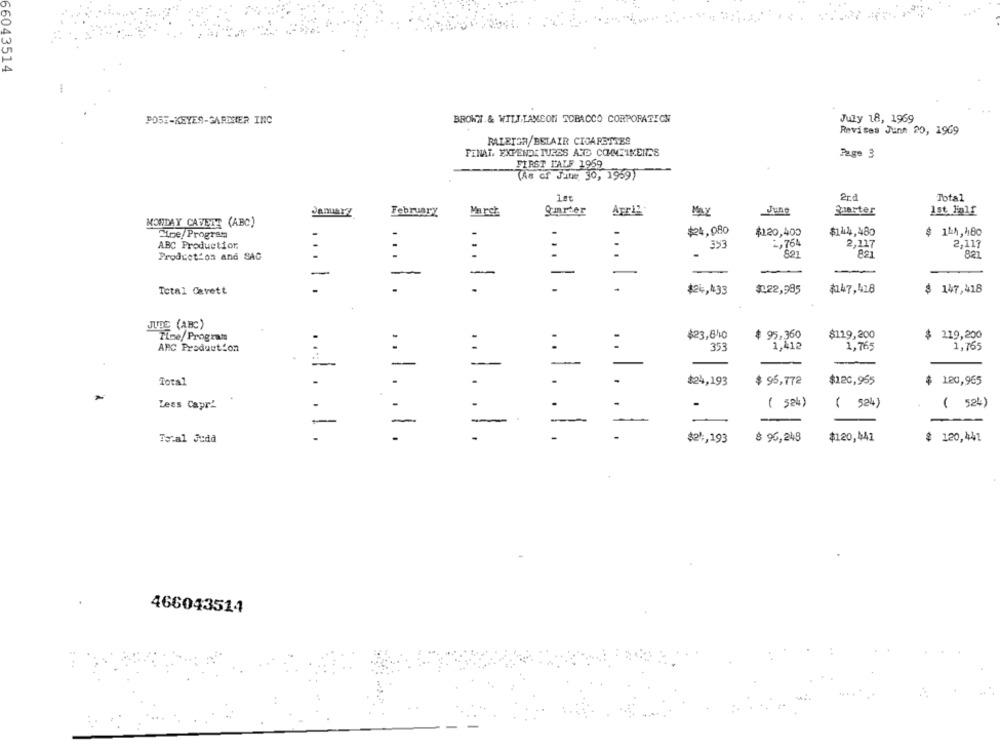
66043514
POSE-KEYES-GARDNER INC
BROWN & WILLIAMCON TOBACCO CORPORATION
July 18, 1969
Revises June 20, 1969
RALEIGR/BELAIR CIGARETTES
FINAL. EXPENDITURES ARD COMTINERCS
Page 3
FIRST HALF 1959
(As of Jut# 30, 1959)
2ra
Total
February
March
guarter
June
Suerter
Ist Half
Januarz
May
MONDAY CAVETT (ABC)
-
$24,080
$120,400
$14.4,480
$ 114,180
Mine/Progres
ABC Production
-
353
2,764
2,117
2,117
...
Se
821
Production and SAG
...
-
-
-
-
-
-
Total Cavett
-
-
$24,433
$022,985
$147,418
$ 147,418
JUDE (ABC)
Tine/Program
$23,840
$ 95.360
$119,200
$
2.19,200
:
..
1,412
ARC Production
:
:
353
1,765
1,765
-
-
-
-
-
---
Total
-
$24,193
$ 95,772
$120,965
$ 120,965
-
Less Capr2
( 524)
( 52%)
( 524)
-
-
-
-
-
To:al Judd
.. 1. . 1.
.1.
$21 -, 193
$ 96,249
$120,441
$ 120,441
466043514